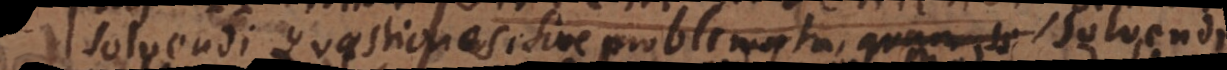
solvendi Quaestiones sive problemata solvendi